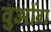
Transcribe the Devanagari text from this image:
वुओंग